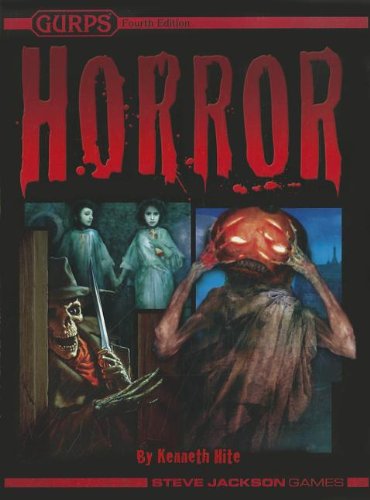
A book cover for GURPS Horror 4th Edition (GURPS: Generic Universal Role Playing System); Kenneth Hite; Science Fiction & Fantasy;